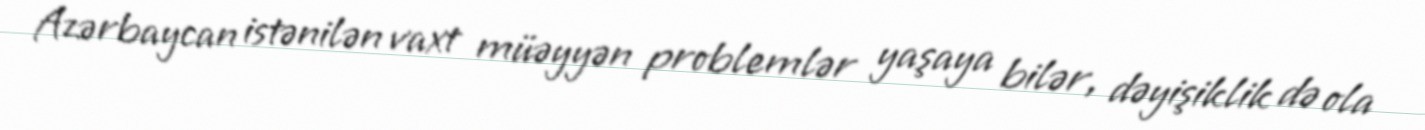
Azərbaycan istənilən vaxt müəyyən problemlər yaşaya bilər, dəyişiklik də ola